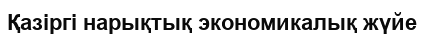
Қазіргі нарықтық экономикалық жүйе